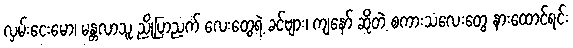
လှမ်းငေးမော၊ မန္တလာသူ ညိုပြာညက် လေးတွေရဲ့ ခင်ဗျား၊ ကျနော် ဆိုတဲ့ စကားသံလေးတွေ နားထောင်ရင်း